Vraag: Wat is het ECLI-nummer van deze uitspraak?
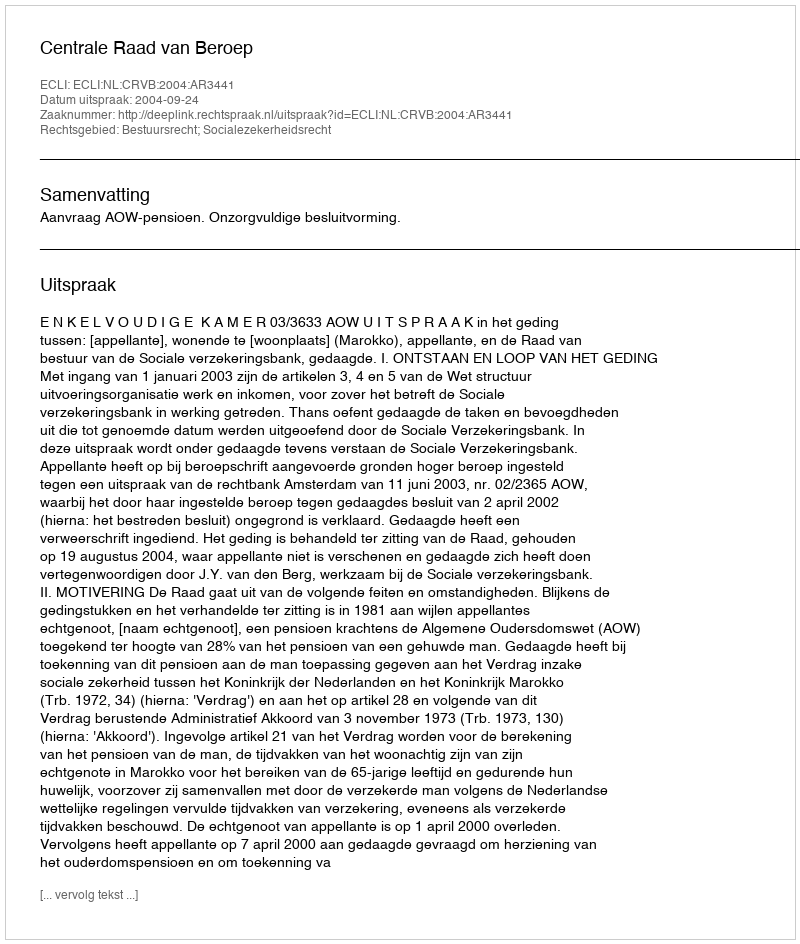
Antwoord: ECLI:NL:CRVB:2004:AR3441